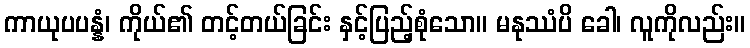
ကာယုပပန္နံ၊ ကိုယ်၏ တင့်တယ်ခြင်း နှင့်ပြည့်စုံသော။ မနုဿံပိ ခေါ၊ လူကိုလည်း။